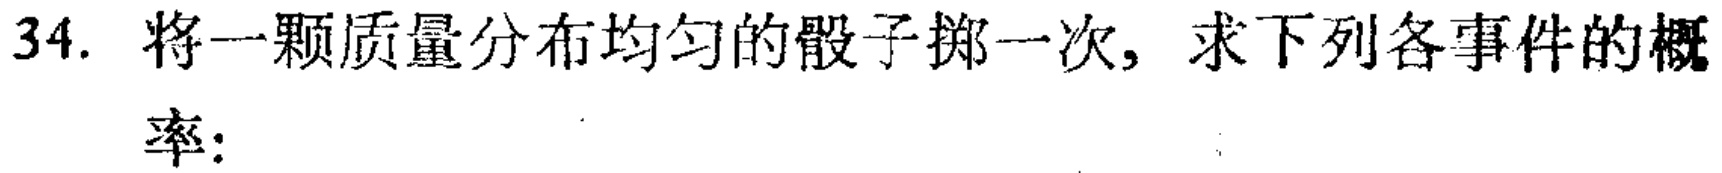
34. 将一颗质量分布均匀的骰子掷一次，求下列各事件的概
率：